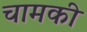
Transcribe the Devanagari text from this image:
चामकी